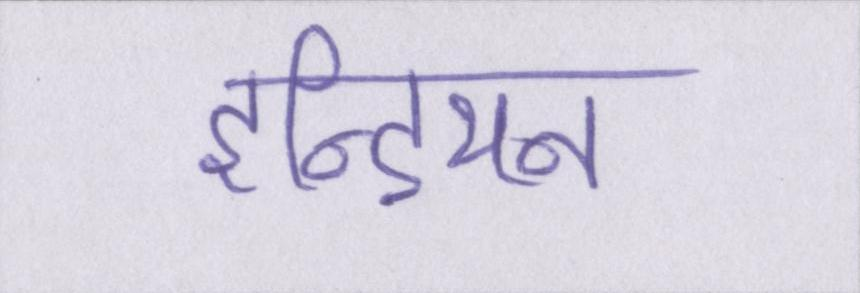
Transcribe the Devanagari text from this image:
इन्डियन